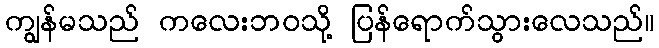
ကျွန်မသည် ကလေးဘဝသို့ ပြန်ရောက်သွားလေသည်။